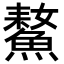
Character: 𩹚